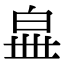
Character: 𤽧